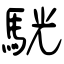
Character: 駫